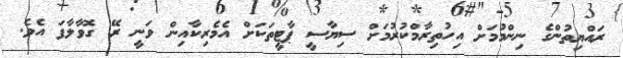
ރައްޔިތުންގެ ނިންމުމަށް އިހުތިރާމްކުރުމަށް ސިޔާސީ ޕާޓީތަކަށް އެމެރިކާއިން ވަނީ ރޭ ގޮވާލާފަ އެވެ.